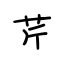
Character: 芹